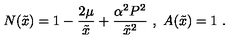
N ( \tilde { x } ) = 1 - \frac { 2 \mu } { \tilde { x } } + \frac { \alpha ^ { 2 } P ^ { 2 } } { \tilde { x } ^ { 2 } } \ , \ A ( \tilde { x } ) = 1 \ .